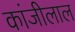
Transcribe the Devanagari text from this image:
कांजीलाल